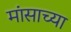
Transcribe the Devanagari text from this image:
मांसाच्या